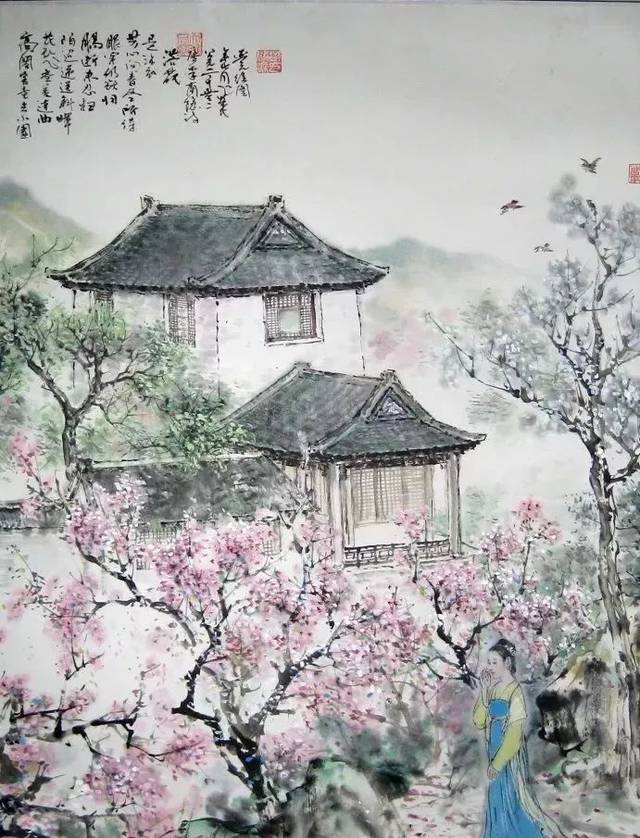
天涯失乡路，江外老华发。